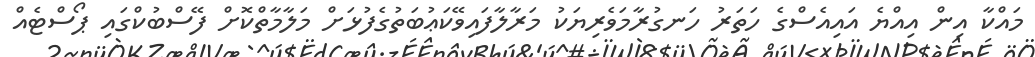
މައްކާ އިން އިއްޔެ އައިއެސްގެ ހަތަރު ހަނގުރާމަވެރިޔަކު މަރާލާފައިވޭކަޢުބަތުގެފުޅަށް މަލާމާތްކޮށް ފޭސްބުކްގައި ޕޯސްޓެއް